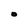
Character: O